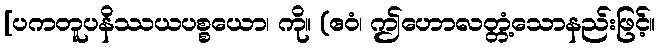
[ပကတူပနိဿယပစ္စယော၊ ကို။ (ဧဝံ၊ ဤဟောလတ္တံ့သောနည်းဖြင့်။